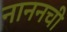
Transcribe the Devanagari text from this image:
नाननची